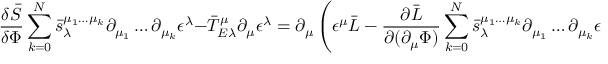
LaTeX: \frac { \delta \bar { S } } { \delta \Phi } \sum _ { k = 0 } ^ { N } \bar { s } _ { \lambda } ^ { \mu _ { 1 } \dots \mu _ { k } } \partial _ { \mu _ { 1 } } \dots \partial _ { \mu _ { k } } \epsilon ^ { \lambda } - \bar { T } _ { E \lambda } ^ { \mu } \partial _ { \mu } \epsilon ^ { \lambda } = \partial _ { \mu } \left( \epsilon ^ { \mu } \bar { { \cal L } } - \frac { \partial \bar { { \cal L } } } { \partial ( \partial _ { \mu } \Phi ) } \sum _ { k = 0 } ^ { N } \bar { s } _ { \lambda } ^ { \mu _ { 1 } \dots \mu _ { k } } \partial _ { \mu _ { 1 } } \dots \partial _ { \mu _ { k } } \epsilon ^ { \lambda } \right.